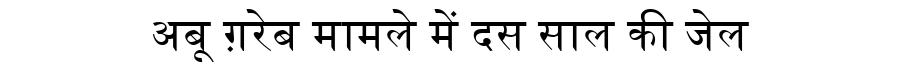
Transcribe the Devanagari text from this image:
अबू ग़रेब मामले में दस साल की जेल